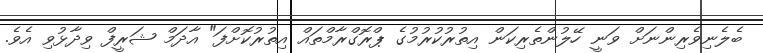
ބެލެނިވެރިންނަށް ވަނީ ހޭލުންތެރިކަން އިތުރުކުރުމުގެ ޕްރޮގްރާމްތައް އިތުރުކޮށްފަ" އާދަމް ޝަރީފް ވިދާޅުވި އެވެ.